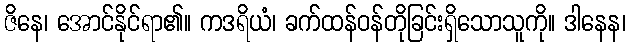
ဇိနေ၊ အောင်နိုင်ရာ၏။ ကဒရိယံ၊ ခက်ထန်ဝန်တိုခြင်းရှိသောသူကို။ ဒါနေန၊